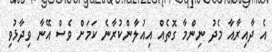
އެ ދާއިރާއާ މެދު ނިންމާ ގޮތެއް އިއުލާންކުރާނެ ކަމަށް ވެސް އޭނާ ވިދާޅުވި